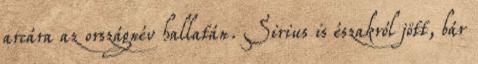
arcára az országnév hallatán. Sirius is északról jött, bár